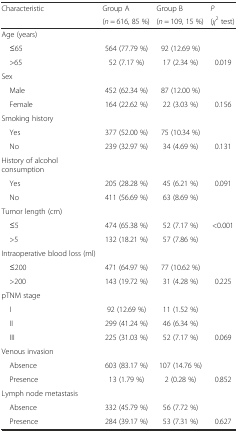
<table><thead><tr><td rowspan="2"><b>Characteristic</b></td><td><b>Group A</b></td><td><b>Group B</b></td><td><b><i>P</i></b></td></tr><tr><td><b>(<i>n</i> = 616, 85 %)</b></td><td><b>(<i>n</i> = 109, 15 %)</b></td><td><b>(<i>χ</i><sup>2</sup> test)</b></td></tr></thead><tbody><tr><td>Age (years)</td><td></td><td></td><td></td></tr><tr><td> ≤65</td><td>564 (77.79 %)</td><td>92 (12.69 %)</td><td></td></tr><tr><td> &gt;65</td><td>52 (7.17 %)</td><td>17 (2.34 %)</td><td>0.019</td></tr><tr><td>Sex</td><td></td><td></td><td></td></tr><tr><td> Male</td><td>452 (62.34 %)</td><td>87 (12.00 %)</td><td></td></tr><tr><td> Female</td><td>164 (22.62 %)</td><td>22 (3.03 %)</td><td>0.156</td></tr><tr><td>Smoking history</td><td></td><td></td><td></td></tr><tr><td> Yes</td><td>377 (52.00 %)</td><td>75 (10.34 %)</td><td></td></tr><tr><td> No</td><td>239 (32.97 %)</td><td>34 (4.69 %)</td><td>0.131</td></tr><tr><td>History of alcohol consumption</td><td></td><td></td><td></td></tr><tr><td> Yes</td><td>205 (28.28 %)</td><td>45 (6.21 %)</td><td>0.091</td></tr><tr><td> No</td><td>411 (56.69 %)</td><td>63 (8.69 %)</td><td></td></tr><tr><td>Tumor length (cm)</td><td></td><td></td><td></td></tr><tr><td> ≤5</td><td>474 (65.38 %)</td><td>52 (7.17 %)</td><td>&lt;0.001</td></tr><tr><td> &gt;5</td><td>132 (18.21 %)</td><td>57 (7.86 %)</td><td></td></tr><tr><td>Intraoperative blood loss (ml)</td><td></td><td></td><td></td></tr><tr><td> ≤200</td><td>471 (64.97 %)</td><td>77 (10.62 %)</td><td></td></tr><tr><td> &gt;200</td><td>143 (19.72 %)</td><td>31 (4.28 %)</td><td>0.225</td></tr><tr><td>pTNM stage</td><td></td><td></td><td></td></tr><tr><td> I</td><td>92 (12.69 %)</td><td>11 (1.52 %)</td><td></td></tr><tr><td> II</td><td>299 (41.24 %)</td><td>46 (6.34 %)</td><td></td></tr><tr><td> III</td><td>225 (31.03 %)</td><td>52 (7.17 %)</td><td>0.069</td></tr><tr><td>Venous invasion</td><td></td><td></td><td></td></tr><tr><td> Absence</td><td>603 (83.17 %)</td><td>107 (14.76 %)</td><td></td></tr><tr><td> Presence</td><td>13 (1.79 %)</td><td>2 (0.28 %)</td><td>0.852</td></tr><tr><td>Lymph node metastasis</td><td></td><td></td><td></td></tr><tr><td> Absence</td><td>332 (45.79 %)</td><td>56 (7.72 %)</td><td></td></tr><tr><td> Presence</td><td>284 (39.17 %)</td><td>53 (7.31 %)</td><td>0.627</td></tr></tbody></table>